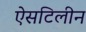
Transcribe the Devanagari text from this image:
ऐसटिलीन